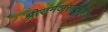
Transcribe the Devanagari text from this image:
श्रीरामदासानुग्रहीत